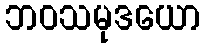
ဘဝသမုဒယော